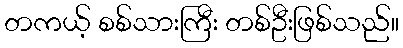
တကယ့် စစ်သားကြီး တစ်ဦးဖြစ်သည်။